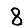
Digit: 8